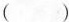
（）